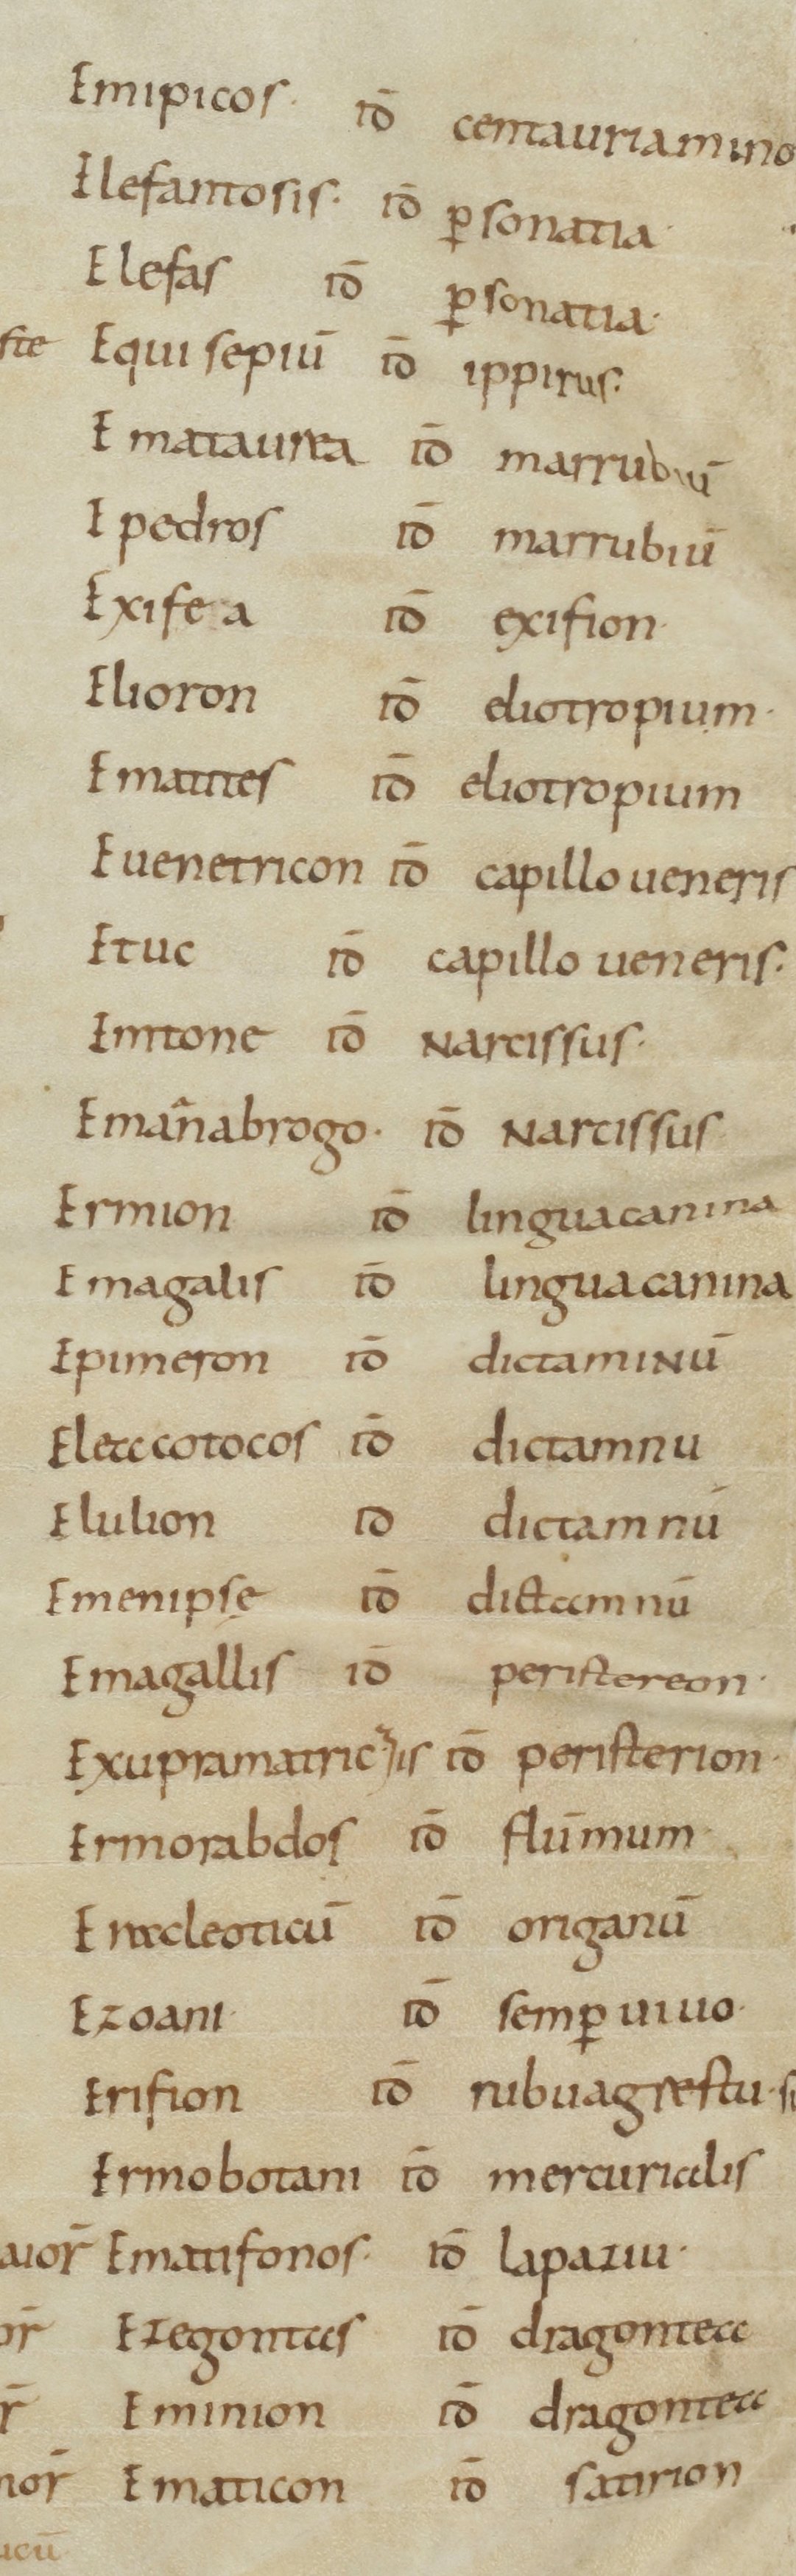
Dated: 800–899